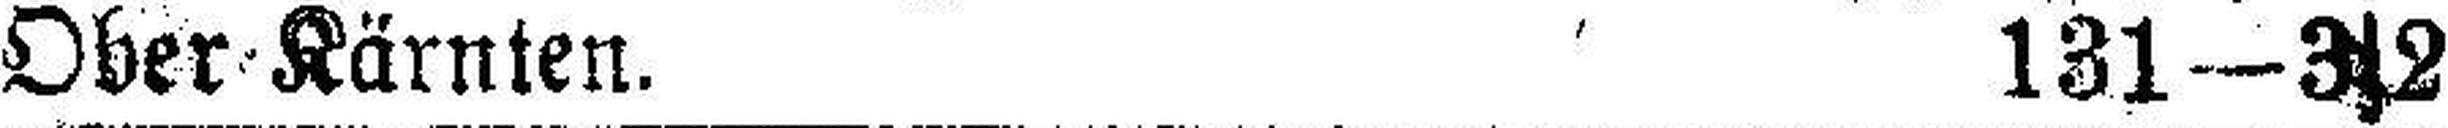
Ober Kärnten. 131—3s2